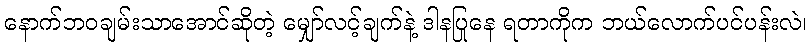
နောက်ဘဝချမ်းသာအောင်ဆိုတဲ့ မျှော်လင့်ချက်နဲ့ ဒါနပြုနေ ရတာကိုက ဘယ်လောက်ပင်ပန်းလဲ၊